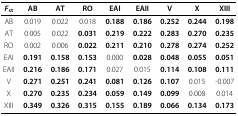
<table><thead><tr><td><b><i>F</i><sub>st</sub></b></td><td><b>AB</b></td><td><b>AT</b></td><td><b>RO</b></td><td><b>EAI</b></td><td><b>EAII</b></td><td><b>V</b></td><td><b>X</b></td><td><b>XIII</b></td></tr></thead><tbody><tr><td>AB</td><td>0.019</td><td>0.022</td><td>0.018</td><td><b>0.188</b></td><td><b>0.186</b></td><td><b>0.252</b></td><td><b>0.244</b></td><td><b>0.198</b></td></tr><tr><td>AT</td><td>0.005</td><td>0.022</td><td><b>0.031</b></td><td><b>0.219</b></td><td><b>0.222</b></td><td><b>0.283</b></td><td><b>0.270</b></td><td><b>0.235</b></td></tr><tr><td>RO</td><td>0.002</td><td>0.006</td><td><b>0.022</b></td><td><b>0.211</b></td><td><b>0.210</b></td><td><b>0.278</b></td><td><b>0.274</b></td><td><b>0.252</b></td></tr><tr><td>EAI</td><td><b>0.191</b></td><td><b>0.158</b></td><td><b>0.153</b></td><td>0.000</td><td><b>0.028</b></td><td><b>0.048</b></td><td><b>0.055</b></td><td><b>0.051</b></td></tr><tr><td>EAII</td><td><b>0.216</b></td><td><b>0.186</b></td><td><b>0.171</b></td><td>0.027</td><td>0.015</td><td><b>0.114</b></td><td><b>0.108</b></td><td><b>0.111</b></td></tr><tr><td>V</td><td><b>0.271</b></td><td><b>0.251</b></td><td><b>0.241</b></td><td><b>0.081</b></td><td><b>0.126</b></td><td><b>0.107</b></td><td>0.015</td><td>-0.007</td></tr><tr><td>X</td><td><b>0.270</b></td><td><b>0.235</b></td><td><b>0.234</b></td><td><b>0.059</b></td><td><b>0.149</b></td><td><b>0.099</b></td><td>0.008</td><td>0.014</td></tr><tr><td>XIII</td><td><b>0.349</b></td><td><b>0.326</b></td><td><b>0.315</b></td><td><b>0.155</b></td><td><b>0.189</b></td><td><b>0.066</b></td><td><b>0.134</b></td><td><b>0.173</b></td></tr></tbody></table>